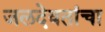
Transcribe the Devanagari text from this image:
जलदेवतांचा